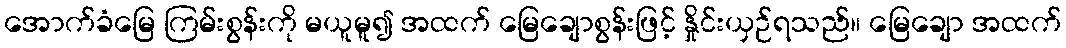
အောက်ခံမြေ ကြမ်းစွန်းကို မယူမူ၍ အထက် မြေချောစွန်းဖြင့် နှိုင်းယှဉ်ရသည်။ မြေချော အထက်